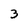
Character: 3